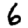
Digit: 6